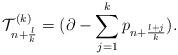
LaTeX: \begin{align*}{\cal T}_{n+\frac{l}{k}}^{(k)}=(\partial -\sum_{j=1}^{k}p_{n+\frac{l+j}{k}}).\end{align*}